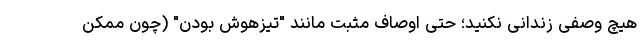
هیچ وصفی زندانی نکنید؛ حتی اوصاف مثبت مانند "تیزهوش بودن" (چون ممکن